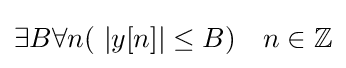
\exists B\forall n(\ |y[n]|\leq B)\quad n\in \mathbb {Z}